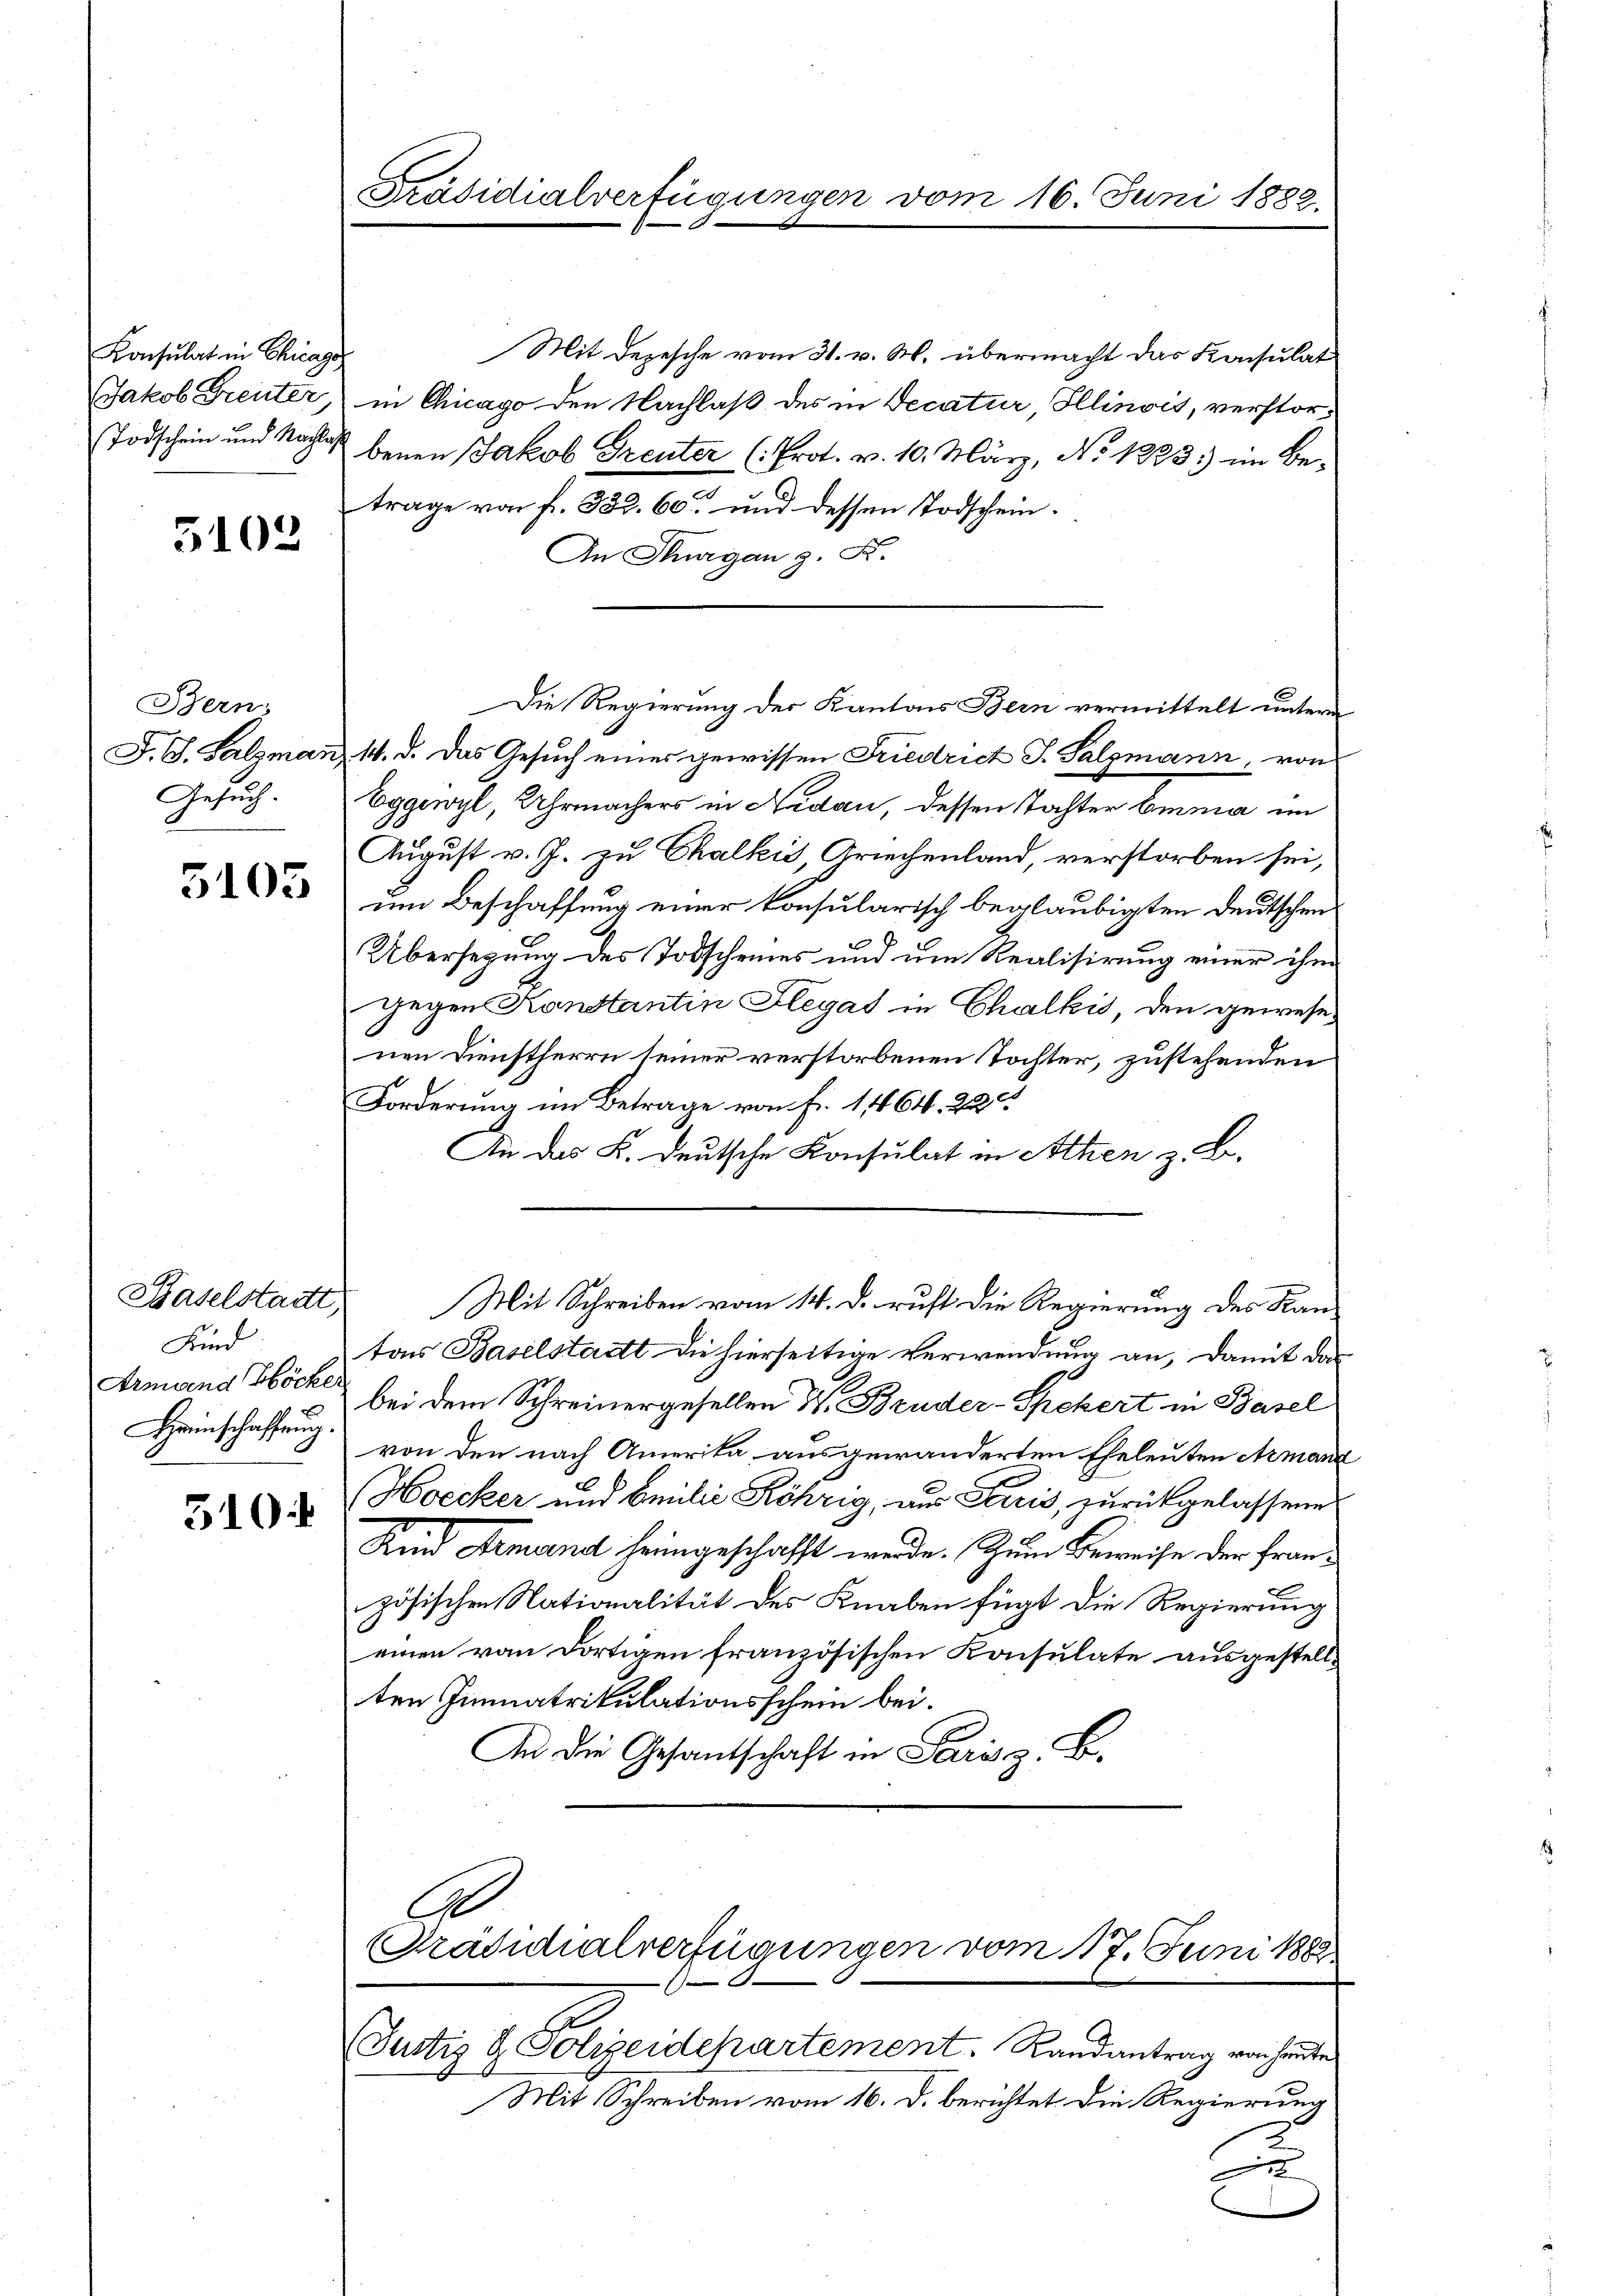
Konsulat in Chicago
Todschein und Nachlag

5103

Bern,
F. S. Salzman
Gesuch.

5103

Baselstadt,
Kind
Armand Höcker
Heimschaffung.

510

Präsidialverfügungen vom 16. Juni 1882

Mit Depesche vom 31. v. M. übermacht das Konsulat
Jakob Greuter, in Chicago den Nachlaß des in Decatur, Illinois, verstorbenen Jakob Greuter (: Prot. v. 10. März, No 1283) im Be-
.
trage von f. 332. 60. und dessen Todschein¬
An Thurgau g. Fr.
Eggiwyl, Uhrmachers in Nidau, dessen Tochter Emma im
August v. J. zu Chalkis, Griechenland, verstorben sei,
um Beschaffung einer konsularisch beglaubigten Deutschen
Übersezung des Todscheines und um Realisirung einer ihm
gegen Konstantin Flegat in Chalkis, den gewesenen Dienstherrn seiner verstorbenen Tochter, zustehenden
Forderung im Betrage von Fr. 11464. 22
An das K. Deutsche Konsulat in Athen z. B.
Mit Schreiben vom 14. d. ruft die Regierung des Kan-
tors Baselstadt die hierseitige Verwendung an, damit das
bei dem Schreinergesellen W. Bruder-Spekert in Basel
von den nach Amerika ausgewanderten Eheleuten Armand
Hoecker und Emilie Röhrig, aus Paris, zurückgelassene
Kind demand heimgeschafft werde. Zum Beweise der Französischen Nationalität des Knaben fügt die Regierung
einen von dortigen französischen Konsulate ausgestellten Immatrikulationsschein bei.
An die Gesantschaft in Parisz. B.
A
Präsidialverfügungen vom 17. Juni 1888
S
Justiz & Polizeidepartement. Randantrag von heute
Mit Schreiben vom 16. d. berichtet die Regierung
u

Die Regierung der Kantons Bern vermittelt untern
1. d. Das Gesuch einer gewissen Friedrict J. Salzmann, von